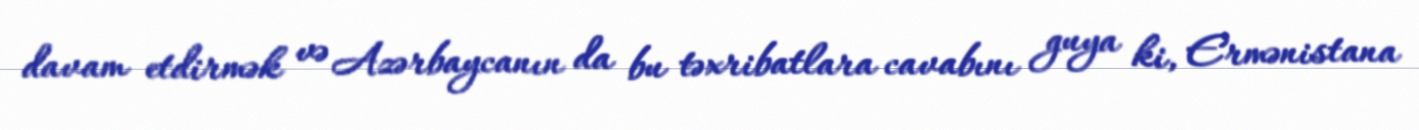
davam etdirmək və Azərbaycanın da bu təxribatlara cavabını guya ki, Ermənistana